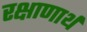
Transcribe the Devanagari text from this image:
रक्षाणार्थ